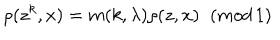
LaTeX: \rho ( z ^ { k } , x ) = m ( k , \lambda ) \rho ( z , x ) \; \; ( m o d \, 1 )